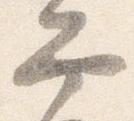
弁